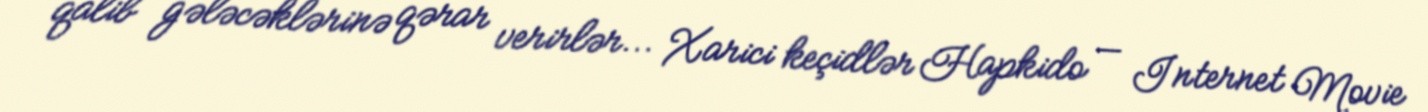
qalib gələcəklərinə qərar verirlər... Xarici keçidlər Hapkido — Internet Movie